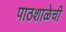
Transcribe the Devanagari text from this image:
पाठशाळेची